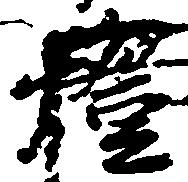
燈